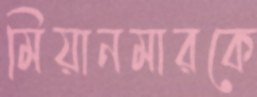
মিয়ানমারকে